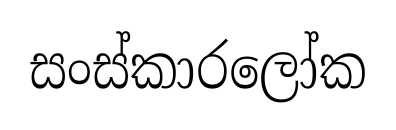
සංස්කාරලෝක